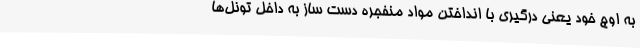
به اوج خود یعنی درگیری‌ با انداختن مواد منفجره دست ساز به داخل تونل‌ها